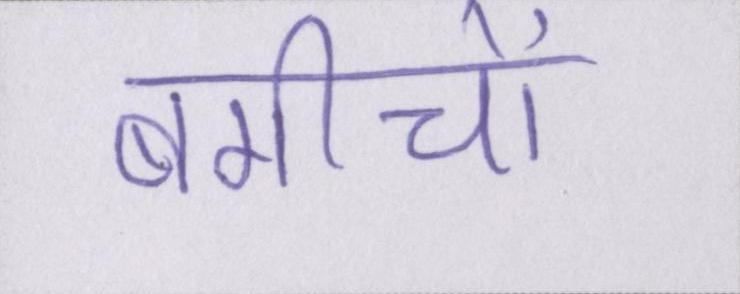
बगीचों